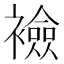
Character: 襝